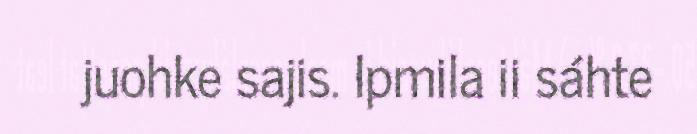
juohke sajis. Ipmila ii sáhte